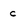
Character: c